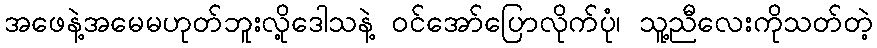
အဖေနဲ့အမေမဟုတ်ဘူးလို့ဒေါသနဲ့ ဝင်အော်ပြောလိုက်ပုံ၊ သူ့ညီလေးကိုသတ်တဲ့